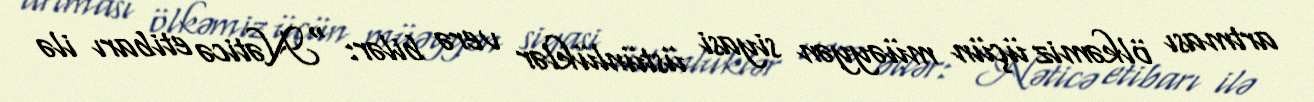
artması ölkəmiz üçün müəyyən siyasi üstünlüklər verə bilər: “Nəticə etibarı ilə